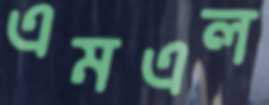
এমএল